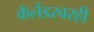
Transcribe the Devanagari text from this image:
कॅलेंडरवरही